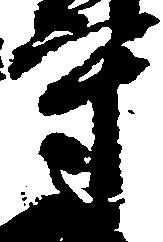
守